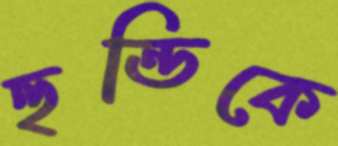
হুন্ডিকে